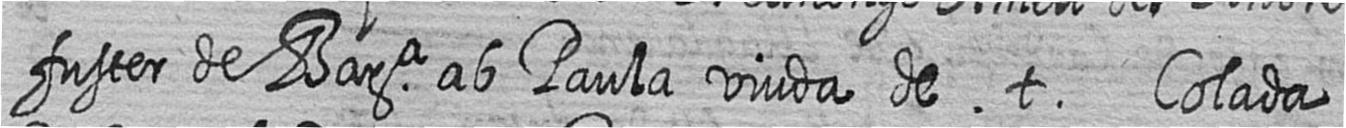
fuster de Bara ab Paula viuda de t Colada